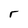
Character: r